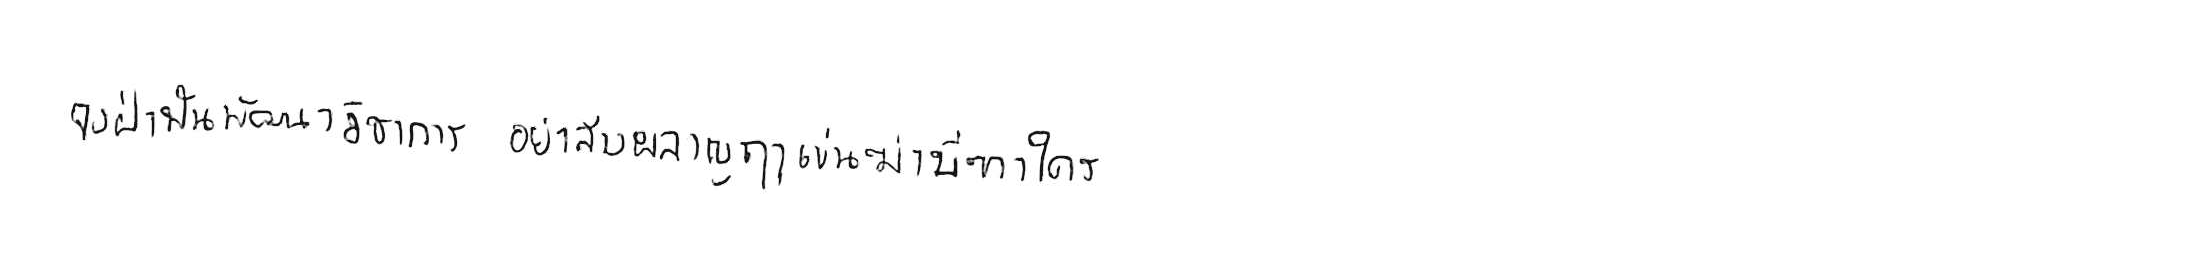
จงฝ่าฟันพัฒนาวิชาการ อย่าล้างผลาญฤๅเข่นฆ่าบีฑาใคร